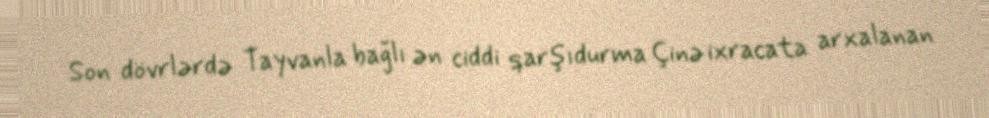
Son dövrlərdə Tayvanla bağlı ən ciddi qarşıdurma Çinə ixracata arxalanan